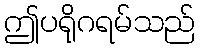
ဤပရိုဂရမ်သည်